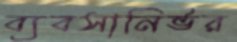
ব্যবসানির্ভর